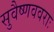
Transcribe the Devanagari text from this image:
सुवैष्णववराः